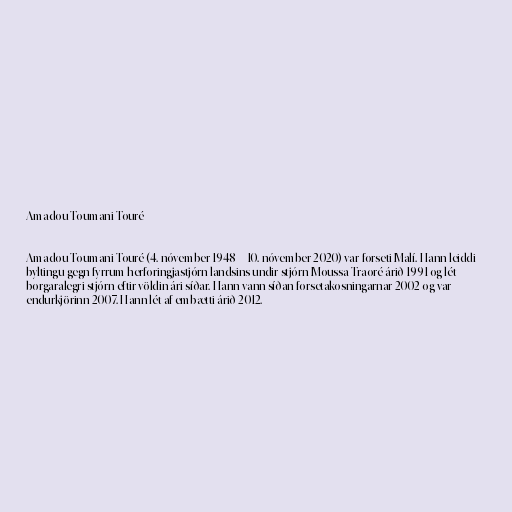
Amadou Toumani Touré

Amadou Toumani Touré (4. nóvember 1948 – 10. nóvember 2020) var forseti Malí. Hann leiddi
byltingu gegn fyrrum herforingjastjórn landsins undir stjórn Moussa Traoré árið 1991 og lét
borgaralegri stjórn eftir völdin ári síðar. Hann vann síðan forsetakosningarnar 2002 og var
endurkjörinn 2007. Hann lét af embætti árið 2012.